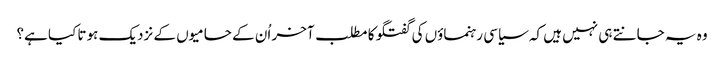
وہ یہ جانتے ہی نہیں ہیں کہ سیاسی رہنماؤں کی گفتگو کا مطلب آخر اُن کے حامیوں کے نزدیک ہوتا کیا ہے؟